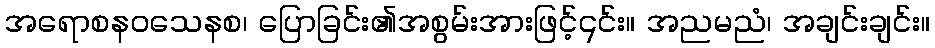
အရောစနဝသေနစ၊ ပြောခြင်း၏အစွမ်းအားဖြင့်၎င်း။ အညမညံ၊ အချင်းချင်း။